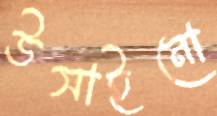
উসাইনো